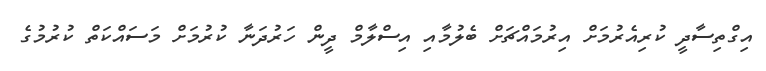
އިގްތިސާދީ ކުރިއެރުމަށް އިރުމައްޗަށް ބެލުމާއި އިސްލާމް ދީން ހަރުދަނާ ކުރުމަށް މަސައްކަތް ކުރުމުގެ